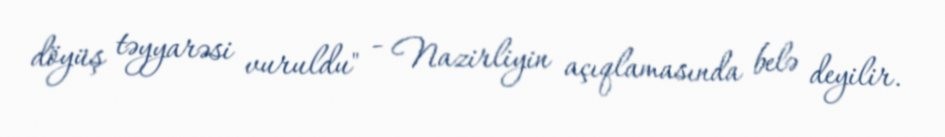
döyüş təyyarəsi vuruldu" - Nazirliyin açıqlamasında belə deyilir.